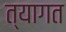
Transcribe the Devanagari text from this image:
त्यागत